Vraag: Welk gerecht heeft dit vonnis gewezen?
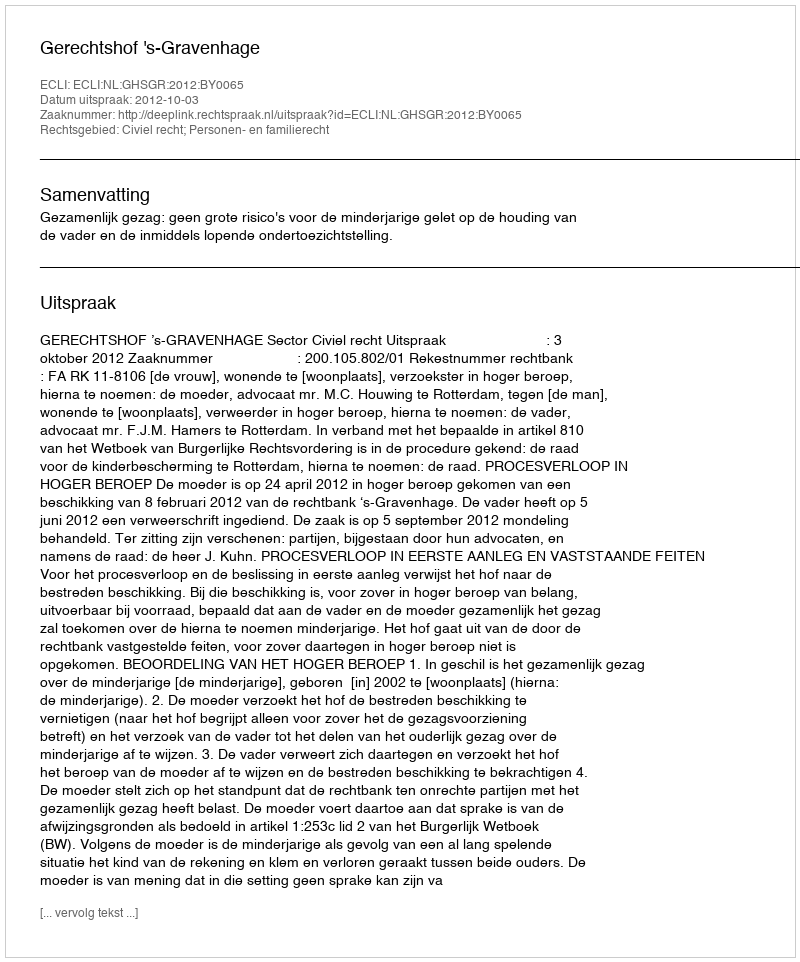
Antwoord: Gerechtshof 's-Gravenhage